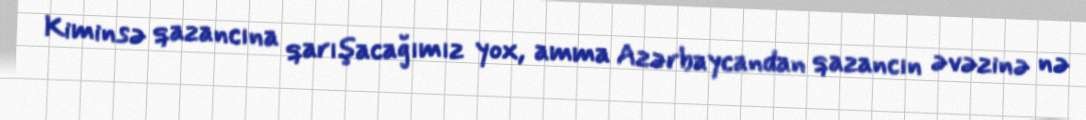
Kiminsə qazancına qarışacağımız yox, amma Azərbaycandan qazancın əvəzinə nə